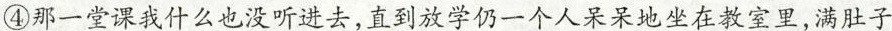
④那一堂课我什么也没听进去，直到放学仍一个人呆呆地坐在教室里，满肚子